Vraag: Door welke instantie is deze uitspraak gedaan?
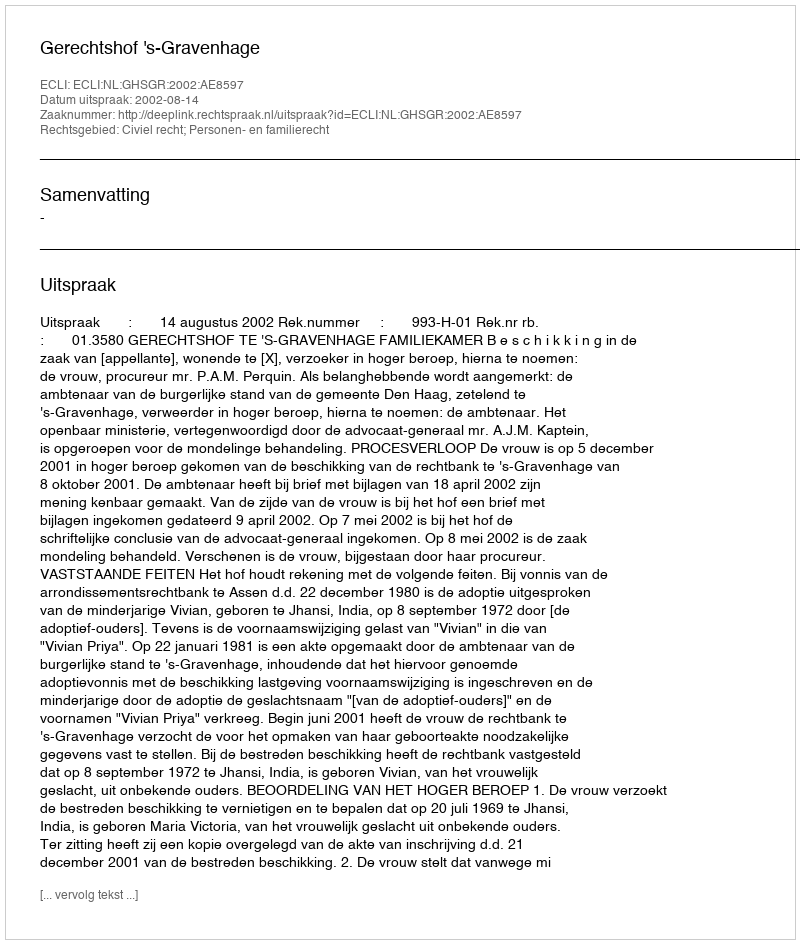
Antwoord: Gerechtshof 's-Gravenhage